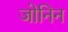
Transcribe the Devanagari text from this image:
जोनिन